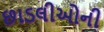
છાડલીઓની